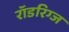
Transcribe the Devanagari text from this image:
रॉडरिग्ज